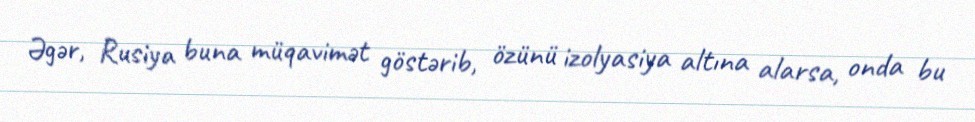
Əgər, Rusiya buna müqavimət göstərib, özünü izolyasiya altına alarsa, onda bu